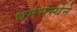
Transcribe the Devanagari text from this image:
धर्मसंस्थेने